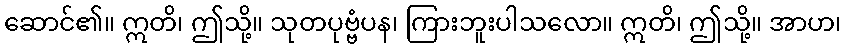
ဆောင်၏။ ဣတိ၊ ဤသို့။ သုတပုဗ္ဗံပန၊ ကြားဘူးပါသလော။ ဣတိ၊ ဤသို့။ အာဟ၊